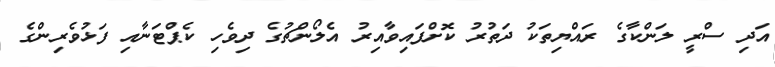
އަދި ސްރީ ލަންކާގެ ރައްޔިތަކު ދަތުރު ކޮށްފައިވާއިރު އެލޯންޗުގެ ދިވެހި ކެޕްޓަނާއި ފަޅުވެރިންގެ